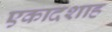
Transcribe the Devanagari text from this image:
एकादशाह